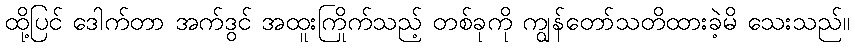
ထို့ပြင် ဒေါက်တာ အက်ဒွင် အထူးကြိုက်သည့် တစ်ခုကို ကျွန်တော်သတိထားခဲ့မိ သေးသည်။